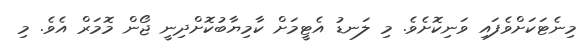
މިނެޓަކަށްވެފައި ވަނިކޮށެވެ. މި ލަނޑު އެޓީމަށް ކާމިޔާބުކޮށްދިނީ ޖޯން މޮމަރް އެވެ. މި